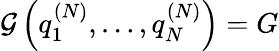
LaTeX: \mathcal{G}\left(q_{1}^{(N)},\dots,q_{N}^{(N)}\right)=G